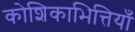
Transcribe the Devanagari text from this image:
कोशिकाभित्तियाँ